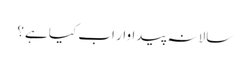
سالانہ پیداوار اب کیا ہے؟